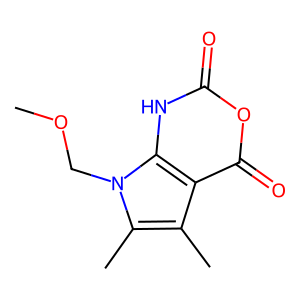
SMILES: COCn1c(C)c(C)c2c(=O)oc(=O)[nH]c21
Inhibits HIV replication: No